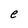
Character: e